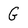
Character: G